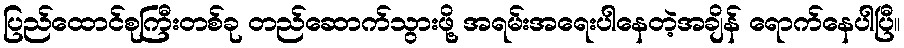
ပြည်ထောင်စုကြီးတစ်ခု တည်ဆောက်သွားဖို့ အရမ်းအရေးပါနေတဲ့အချိန် ရောက်နေပါပြီ။